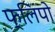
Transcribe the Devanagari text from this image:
फ्लिपो